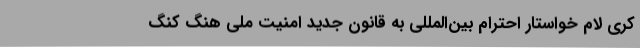
کری لام خواستار احترام بین‌المللی به قانون جدید امنیت ملی هنگ کنگ